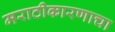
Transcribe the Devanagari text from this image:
मराठीकारणाचा